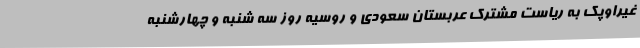
غیراوپک به ریاست مشترک عربستان سعودی و روسیه روز سه شنبه و چهارشنبه